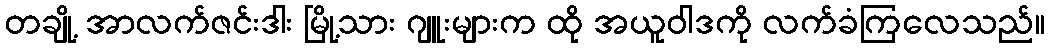
တချို့ အာလက်ဇင်းဒါး မြို့သား ဂျူးများက ထို အယူဝါဒကို လက်ခံကြလေသည်။